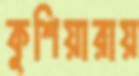
কুশিয়ারায়